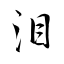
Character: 泪